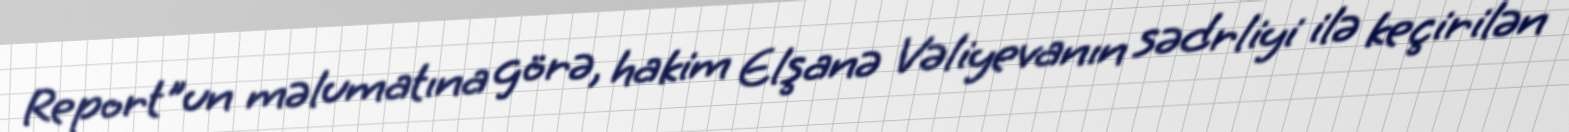
Report"un məlumatına görə, hakim Elşanə Vəliyevanın sədrliyi ilə keçirilən